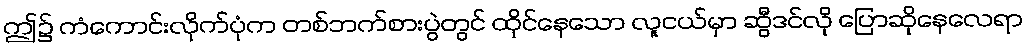
ဤ၌ ကံကောင်းလိုက်ပုံက တစ်ဘက်စားပွဲတွင် ထိုင်နေသော လူငယ်မှာ ဆွီဒင်လို ပြောဆိုနေလေရာ